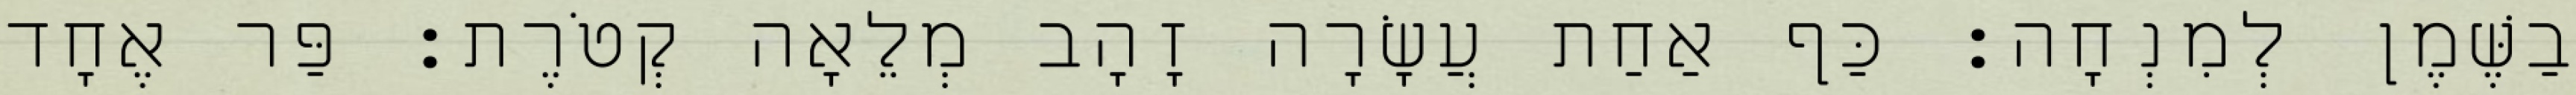
בַשֶּׁמֶן לְמִנְחָה׃ כַּף אַחַת עֲשָׂרָה זָהָב מְלֵאָה קְטֹרֶת׃ פַּר אֶחָד